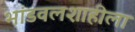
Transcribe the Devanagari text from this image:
भांडवलशाहीला